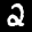
Label: 2